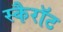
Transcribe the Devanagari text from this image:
स्कैरॉट